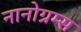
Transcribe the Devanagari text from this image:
नानोग्रम्स